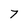
Character: 7